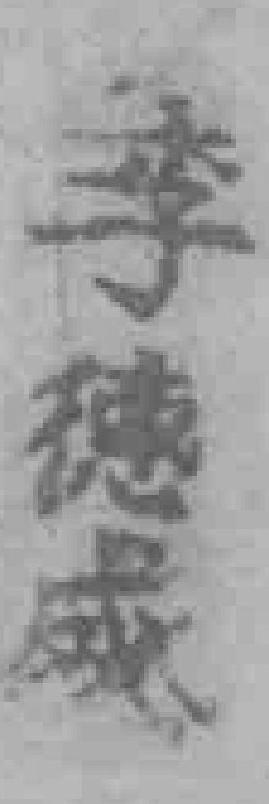
李德威